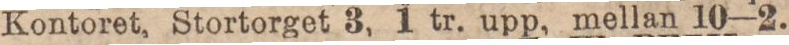
Kontoret, Stortorget 3, 1 tr. upp, mellan 10—2.